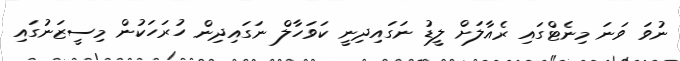
ނުވަ ވަނަ މިނެޓްގައި ރެއާލަށް ލީޑު ނަގައިދިނީ ކަވަހާލް ނަގައިދިން ހުރަހަކުން މިސީޒަނުގައި